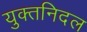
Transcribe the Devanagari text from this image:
युक्तनिदल